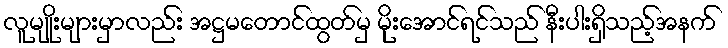
လူမျိုးများမှာလည်း အဋ္ဌမတောင်ထွတ်မှ မိုးအောင်ရင်သည် နီးပါးရှိသည့်အနက်